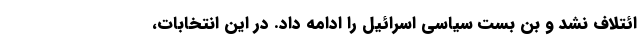
ائتلاف نشد و بن بست سیاسی اسرائیل را ادامه داد. در این انتخابات،